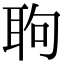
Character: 𦕙